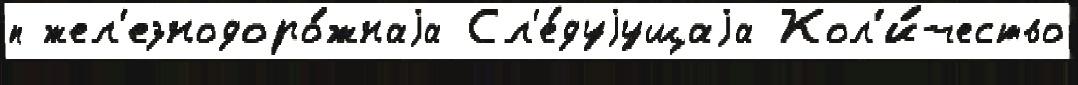
п жел'езнодоро́жнаjа Сл'е́дуjущаjа Кол'и́чество